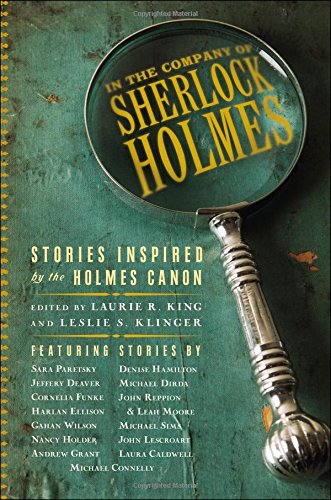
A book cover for In the Company of Sherlock Holmes: Stories Inspired by the Holmes Canon; Mystery, Thriller & Suspense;